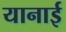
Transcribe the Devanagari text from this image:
यानाई